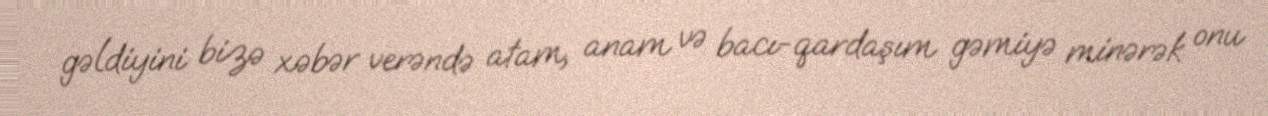
gəldiyini bizə xəbər verəndə atam, anam və bacı-qardaşım gəmiyə minərək onu